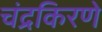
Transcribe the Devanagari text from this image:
चंद्रकिरणे